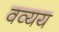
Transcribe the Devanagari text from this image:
वव्यय